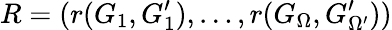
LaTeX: R=(r(G_{1},G_{1}^{\prime}),\dots,r(G_{\Omega},G_{\Omega^{\prime}}^{\prime}))